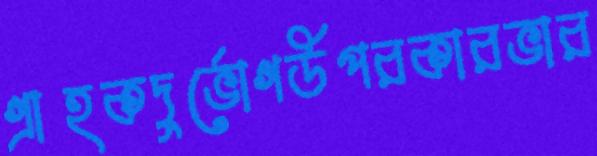
গ্রাহকদুর্ভোগউপরকারভার